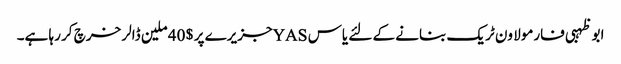
ابو ظہبی فارمولا ون ٹریک بنانے کے لئے یاس YASجزیرے پر $ 40 ملین ڈالر خرچ کر رہا ہے۔